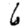
Digit: 6